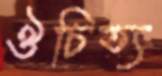
ঔচিত্য